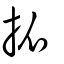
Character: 抓